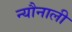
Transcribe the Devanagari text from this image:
न्यौनाली